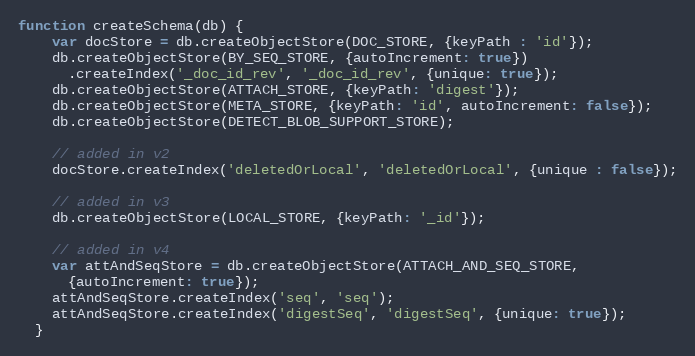
Language: JavaScript
function createSchema(db) {
    var docStore = db.createObjectStore(DOC_STORE, {keyPath : 'id'});
    db.createObjectStore(BY_SEQ_STORE, {autoIncrement: true})
      .createIndex('_doc_id_rev', '_doc_id_rev', {unique: true});
    db.createObjectStore(ATTACH_STORE, {keyPath: 'digest'});
    db.createObjectStore(META_STORE, {keyPath: 'id', autoIncrement: false});
    db.createObjectStore(DETECT_BLOB_SUPPORT_STORE);

    // added in v2
    docStore.createIndex('deletedOrLocal', 'deletedOrLocal', {unique : false});

    // added in v3
    db.createObjectStore(LOCAL_STORE, {keyPath: '_id'});

    // added in v4
    var attAndSeqStore = db.createObjectStore(ATTACH_AND_SEQ_STORE,
      {autoIncrement: true});
    attAndSeqStore.createIndex('seq', 'seq');
    attAndSeqStore.createIndex('digestSeq', 'digestSeq', {unique: true});
  }